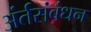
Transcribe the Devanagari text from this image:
अंर्तसंबंधन